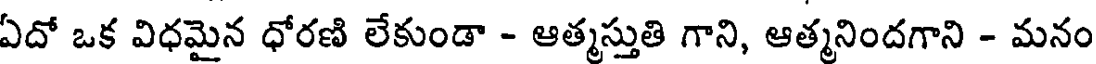
ఏదో ఒక విధమైన ధోరణి లేకుండా - ఆత్మస్తుతి గాని, ఆత్మనిందగాని - మనం